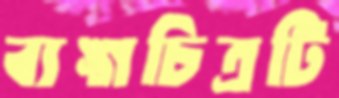
ব্যঙ্গচিত্রটি